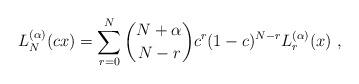
LaTeX: \begin{align*}L^{(\alpha)}_{N}(cx) = \sum_{r=0}^{N}\binom{N+\alpha}{N-r}c^{r}(1-c)^{N-r}L^{(\alpha)}_{r}(x)\ ,\end{align*}